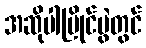
အဆိုပါပြိုင်ပွဲတွင်